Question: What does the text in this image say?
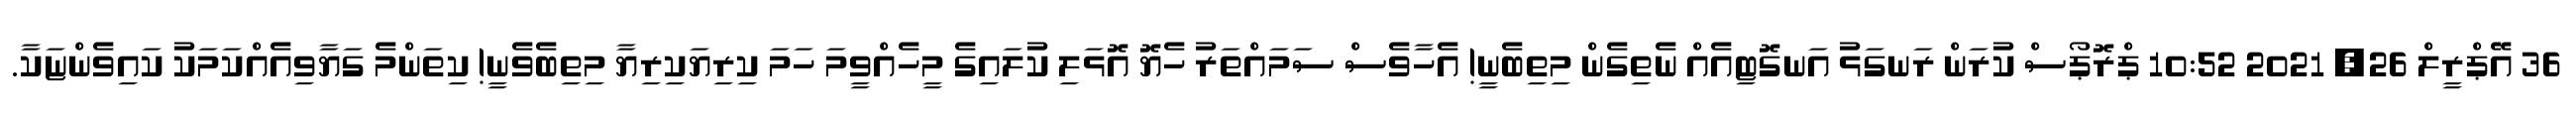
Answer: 36 އޭޕްރީލް 26, 2021 10:52 ޕްރޮޕޯސް ކުރަން ރަނގަޅު އަނގޮޓިއެއް ނެތިގެން މިތިބެނީ! އެހާވެސް ސަމައްތަރު ހެޔޮ އޮޅަލި ކުލައިގެ މީހެއްވީމަ ހަމަ ކިރިޔަކިރިޔާ މިތިބެވެނީ! ކިތަންމެ ގަޔާވިއެއްކަމަކު ކައިވެންޏަކާ.